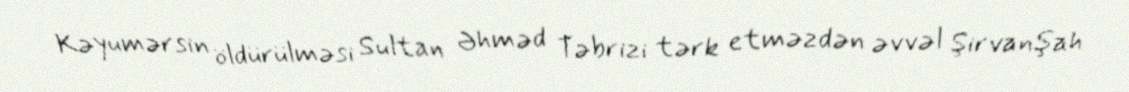
Kəyumərsin öldürülməsi Sultan Əhməd Təbrizi tərk etməzdən əvvəl Şirvanşah